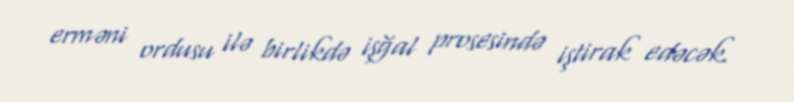
erməni ordusu ilə birlikdə işğal prosesində iştirak edəcək.